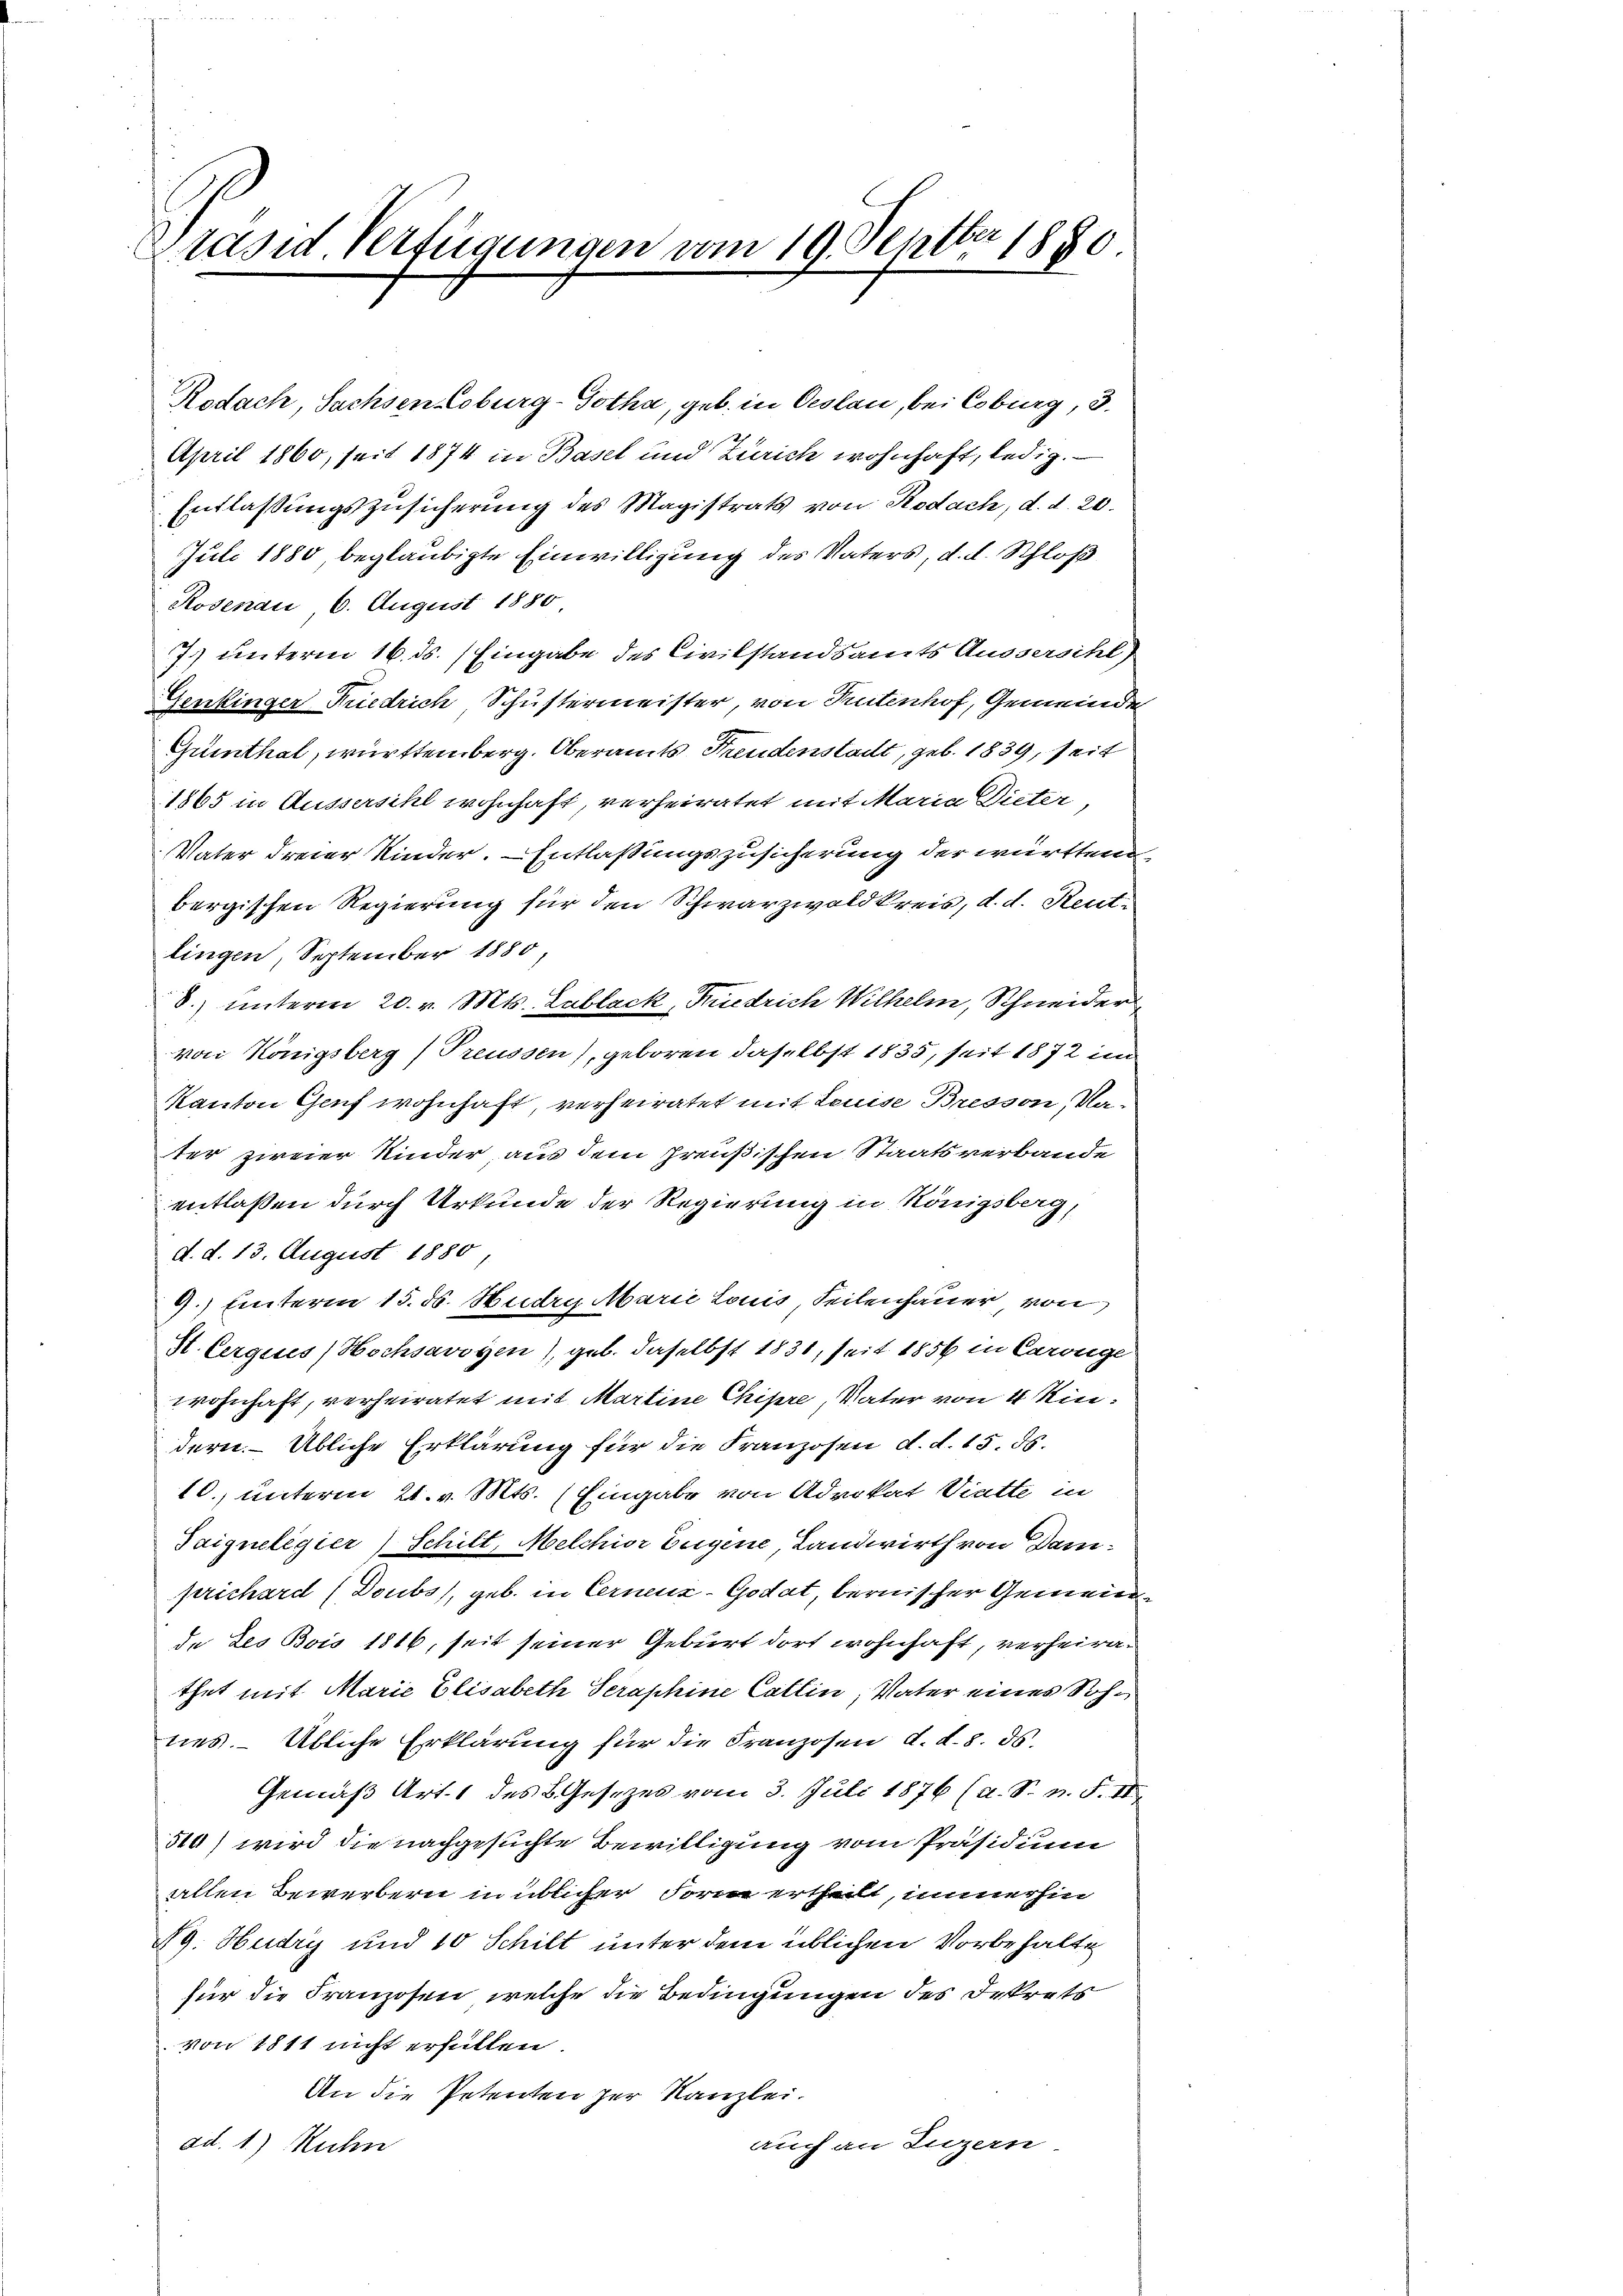
1
Präsid. Verfügungen vom 19. Sept. 1880.

Rodach, Sachsen Coburg-Gotha, geb. in Oeslau, bei Coburg, 3.
April 1860, seit 1874 in Basel und Zürich wohnhaft, ledig.
Entlaßungszusicherung des Magistrats von Rodach, d. d. 20.
Juli 1880 beglaubigte Einwilligung des Vaters, d. d. Schloß
Rosenau 6. August 1880
7) unterm 16. ds. Eingabe des Civilstandsamts Aussersihl)
Genkinger Friedrich Schustermeister, von Tutenhof, Gemeinde
Guinthal, württemberg. Oberamts Freudenstadt, geb. 1839, seit
1865 in Aussersihl wohnhaft, verheiratet mit Maria Dieter,
Vater dreier Kinder. Entlaßungszusicherung der württen
bergischen Regierung für den Schwarzwaldkreis, d. d. Reut-
lingen, September 1880
8.) unterm 20. v. Mts. Lablack, Friedrich Wilhelm, Schneider
von Königsberg (Treussen), geboren daselbst 1835, seit 1872 im
Kanton Genf wohnhaft, verheiratet mit Louise Bresson, Nater zweier Kinder, aus dem Preußischen Staatsverbande
entlassen durch Urkunde der Regierung in Königsberg,
d. d. 13. August 1880
9.) Unterm 15. ds. Hudry Marie Louis Seitenhauer von
St. Cerques Hochsavoyen), geb. daselbst 1831, seit 1856 in Carouge
wohnhaft, verheiratet mit Martine Chipre, Vater von 4 Kindern. Übliche Erklärung für die Franzosen d. d. 15. 55.
10., unterm 21. v. Mts. (Eingabe von Advokat Viette in
Saigneligier) Schilt, Melchior Eugene, Landwirth von Damprichard (Doubs), geb. in Cerneuz-Godat, bernischer Gemeinde des Bois 1816, seit seiner Geburt dort wohnhaft, verheirathet mit Marie Elisabeth Seraphine Collin, Vater eines Sohnes. - Übliche Erklärung für die Franzosen d. d. 8. ds.
Gemäß Art. 1 des B. Gesezes vom 3. Juli 1876 (a. S. n. F. II.
310) wird die nachgesuchte Bewilligung vom Präsidium
allen Bewerbern in üblicher Form ertheilt, immerhin
NG. Hudry und 10 Schilt unter dem üblichen Vorbehalte
für die Franzosen, welche die Bedingungen des Dekrets
von 1811 nicht erfüllen.
An die Petenten zur Kanzlei.
auch an Luzern.
ad. 1.) Rechn